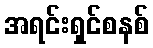
အရင်းရှင်စနစ်